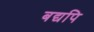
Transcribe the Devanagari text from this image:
बद्यपि